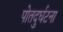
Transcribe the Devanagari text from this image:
पोतदुर्घटना